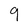
Character: 9